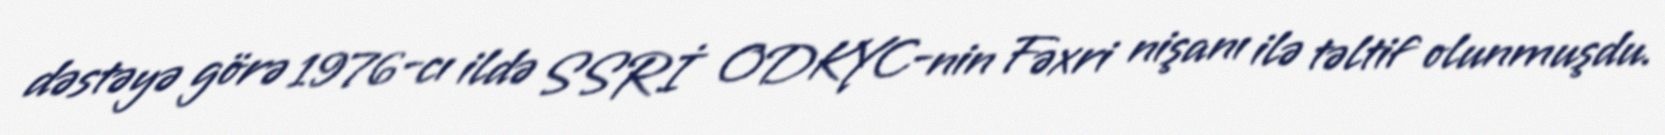
dəstəyə görə 1976-cı ildə SSRİ ODKYC-nin Fəxri nişanı ilə təltif olunmuşdu.